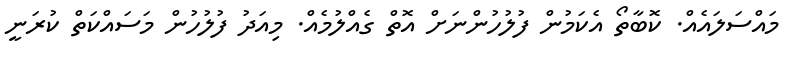
މައްސަލައެއް. ކޮބާތޯ އެކަމުން ފުލުހުންނަށް އޮތް ގެއްލުމެއް. މިއަދު ފުލުހުން މަސައްކަތް ކުރަނީ